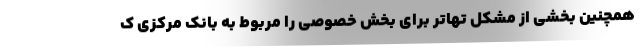
همچنین بخشی از مشکل تهاتر برای بخش خصوصی را مربوط به بانک مرکزی ک